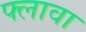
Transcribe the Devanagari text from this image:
फ्लावा